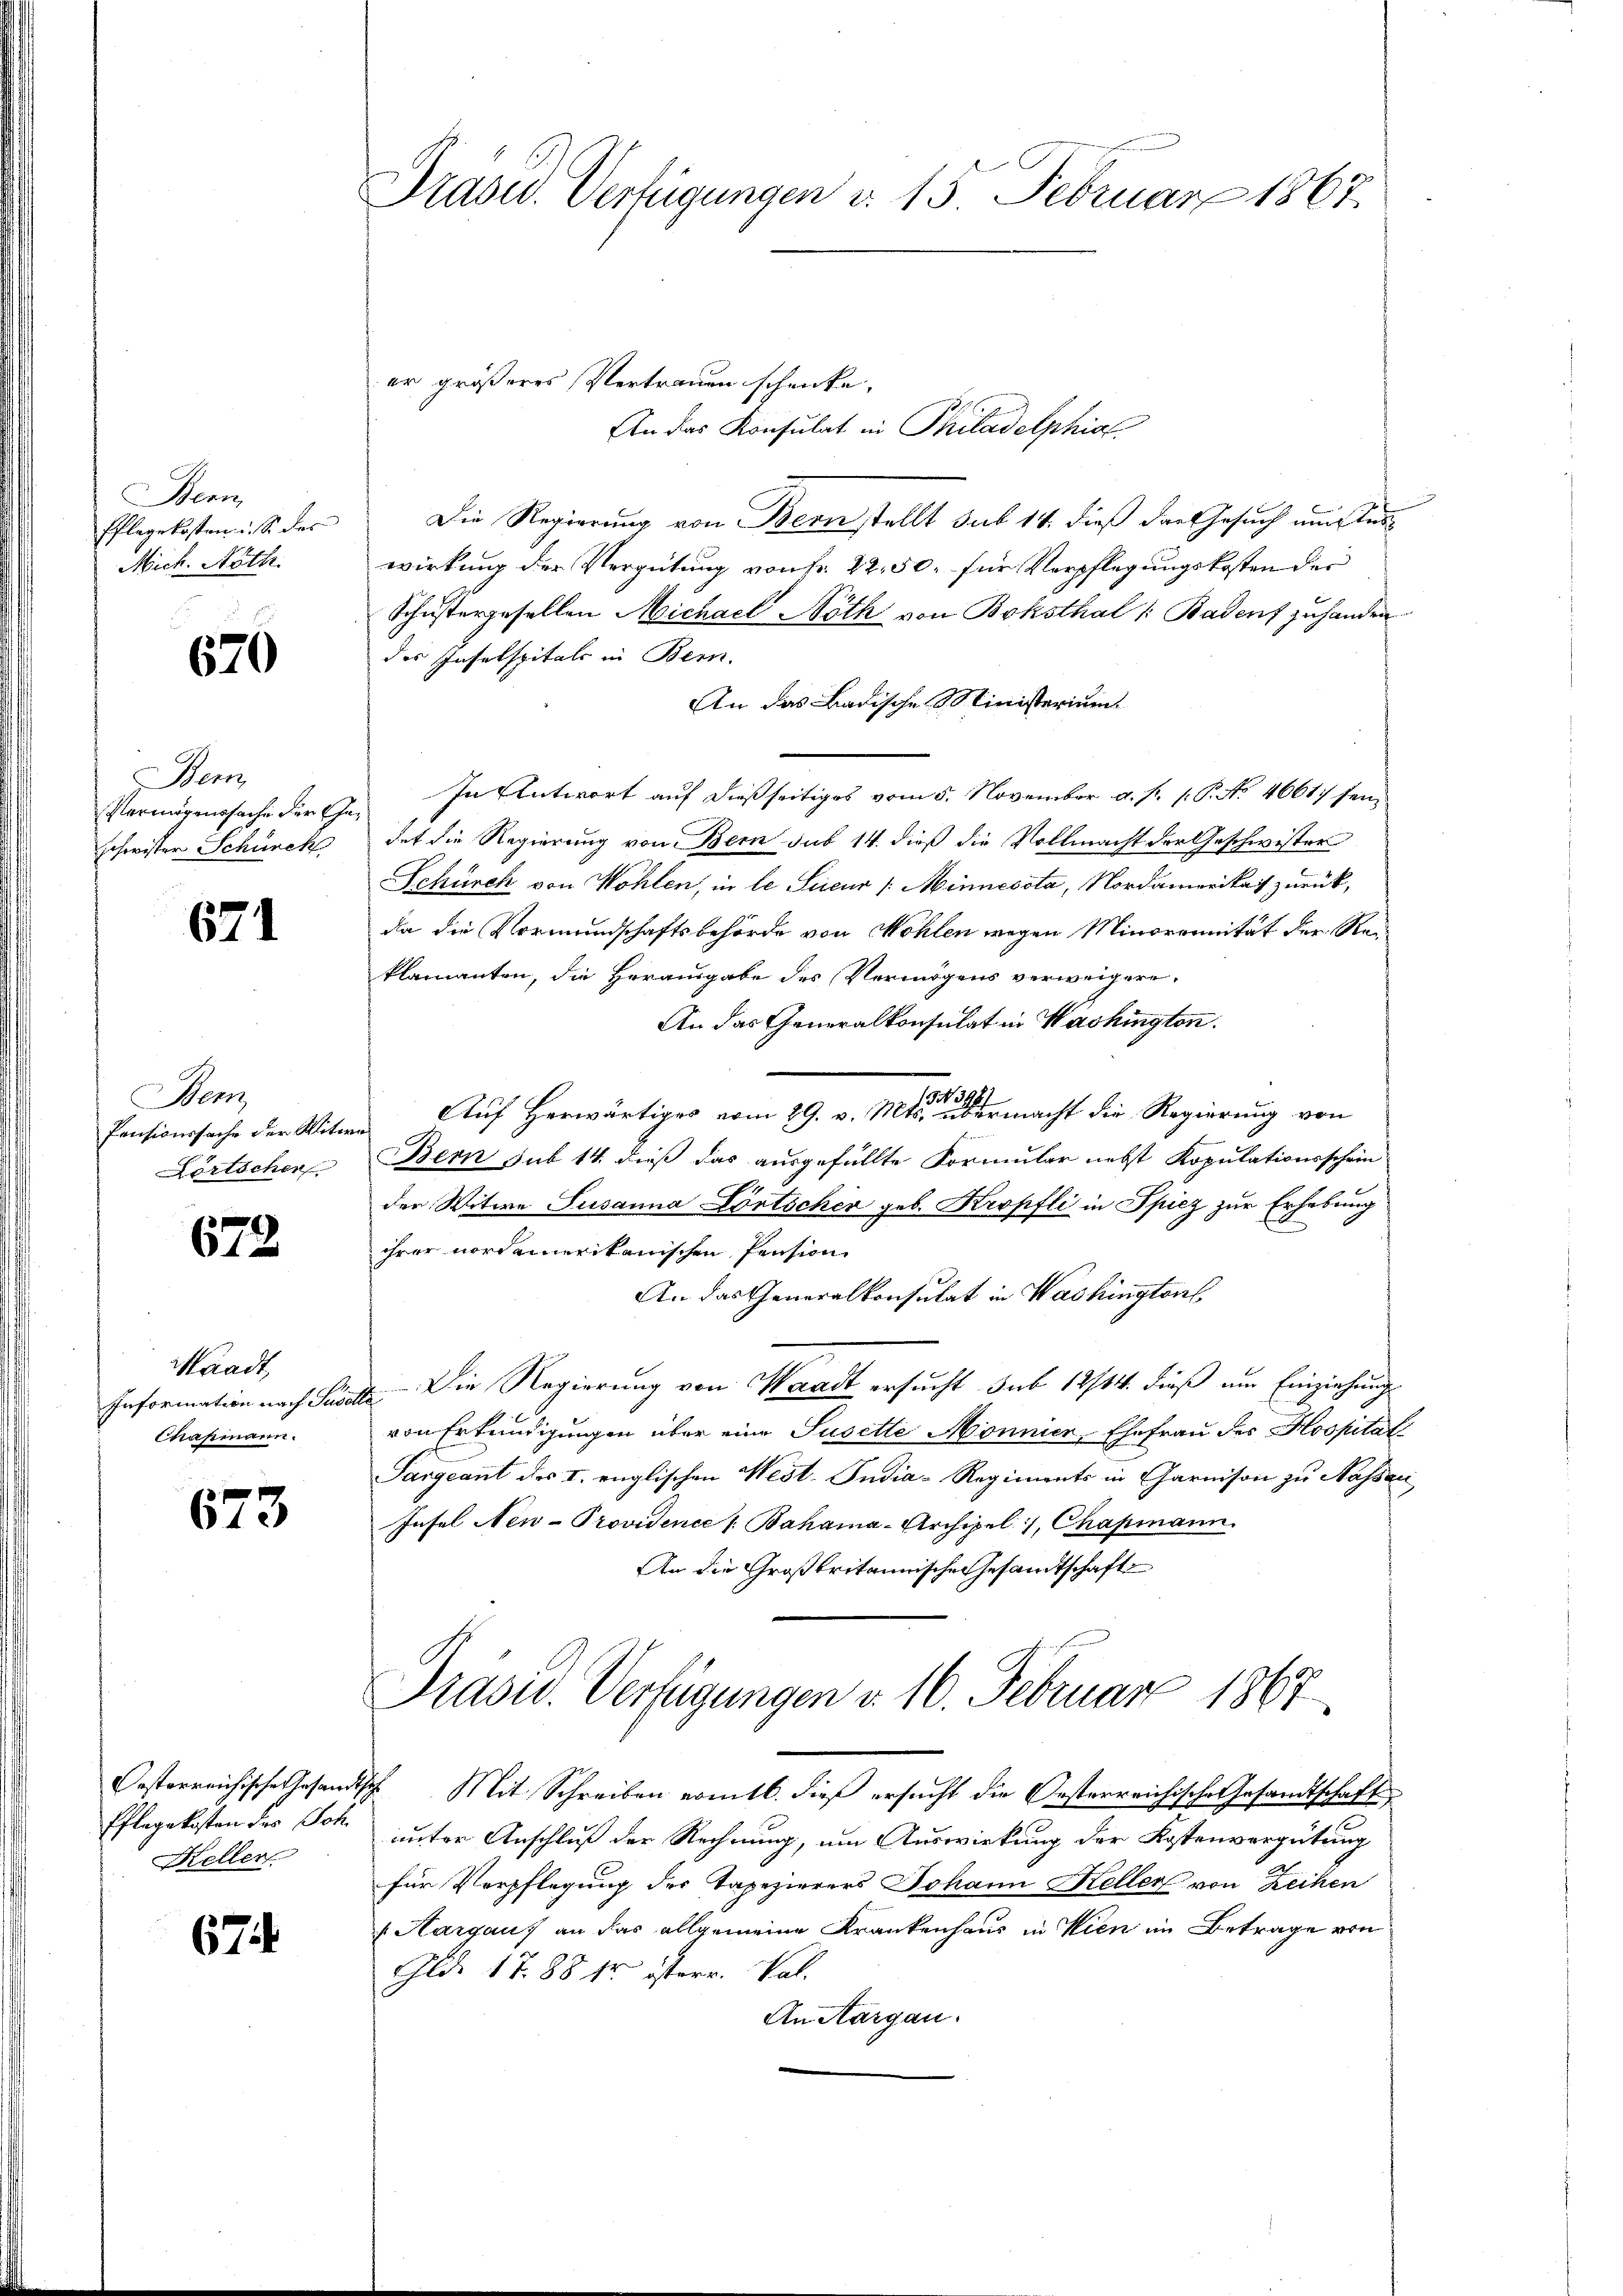
Bern,
Pflegekosten u. S. des
Mich. Nöth

670

em
Vermögenssache der Geschwister Schürck

671

Bern
Lörtchen

672.

Waadt,
Information nach Sus
Chasmann.

673

Pflegekosten der Joh.
Keller

67

Präsid. Verfügungen d. 15. Februar 1867.

er größeres Vertrauen schenke,
An das Konsulat in Philadelphiae
Die Regierung von Bern stellt sub 14. dieß das Gesuch um Auswirkung der Vergütung von Fr. 22, 50. für Verpflegungskosten der
Schustergesellen Michael Noth von Boksthal /: Badens zuhanden.
der Inselspitals in Bern.
An das Badische Ministerium
In Antwort auf dießseitiges vom 5. November a. f. 1. P. No. 4661. sein
det die Regierung von Bern sub 14 dieß die Vollmacht der Geschwister
Schürck von Wohlen, in le Scicur /: Minnessta, Nordamerikas zurück,
da die Vormundschaftsbehörde von Wohlen wegen Minorennität der Reklamanten, die Herausgabe des Vermögens verweigere.
An das Generalkonsulat in Washington.
Pensionssache der Witwe Auf Herwärtiges vom 29. v. Mts. an dermacht die Regierung von
Bern sub 14. dieß das ausgefüllte Formular nebst Kopulationsschein
der Witwe Susanna Lörtscher geb. Kropfli in Spiez zur Erhebung
ihrer nordamerikanischen Pension
An das Generalkonsulat in Washington
 Die Regierung von Waadt ersucht sub 18/14. dieß am Einziehungs
von Erkundigungen über eine Jusette Mönnier, Ehefrau des Hospitat
Sargcant der I. englischen West-Pudia- Regiments in Garnison zu Nassan
Insel Nen-Providence " Bahama-Archipel , Chapmann.
An die Großbritannische Gesandtschaft
Prasw. Verfügungen v. 16. Februar 1867
Oesterreichische Gesandtsche Mit Schreiben vomtb. dieß ersucht die Oesterreichische Gesandtschaft
unter Anschluß der Rechnung, um Auswirkung der Kostenvergütung
für Verpflegung der Tapezierers Johann Keller von Reihen
Hargau) an das allgemeine Krankenhaus in Wien im Betrage von
Gld. 17. 88 kr österr. Val.
An Aargau.